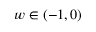
w \in ( - 1 , 0 )